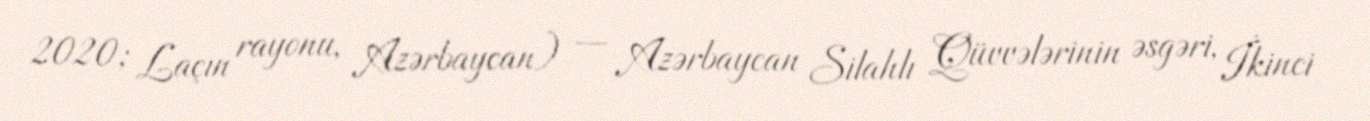
2020; Laçın rayonu, Azərbaycan) — Azərbaycan Silahlı Qüvvələrinin əsgəri, İkinci